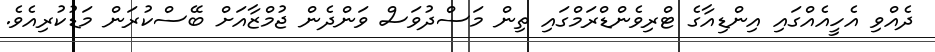
ދެއްވި އެހީއެއްގައި އިންޑިއާގެ ޓްރިވެންޑްރަމްގައި ތިން މަސްދުވަސް ވަންދެން ޖުމްޒާއަށް ބޭސްކުރަން މަޑުކުރިއެވެ.